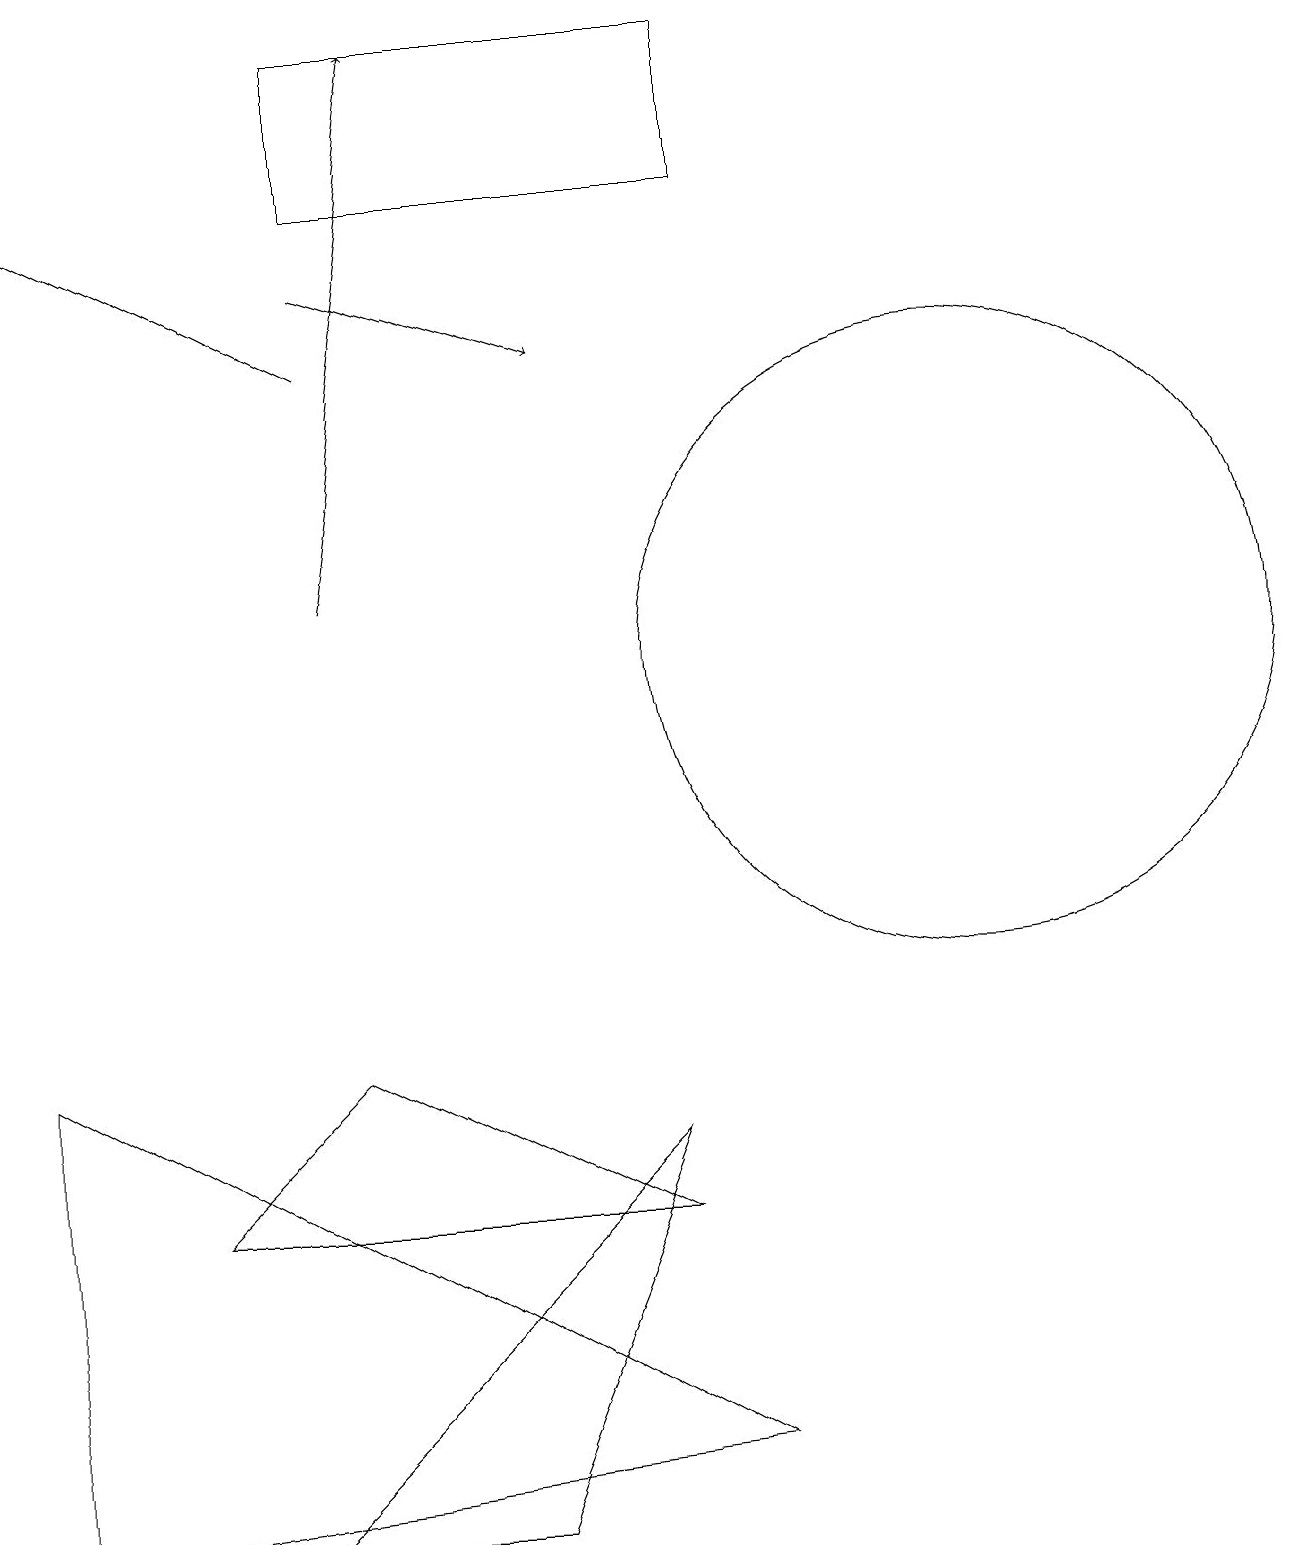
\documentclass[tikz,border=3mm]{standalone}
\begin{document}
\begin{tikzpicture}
\draw[->] (4,16) -- (7,15);
\draw[->] (4,15) -- (0,17);
\draw (12,11) circle (4);
\draw (9,19) rectangle (4,17);
\draw (4,6) -- (2,4) -- (8,4) -- cycle;
\draw[->] (4,12) -- (5,19);
\draw (3,0) -- (6,0) -- (8,5) -- cycle;
\draw (0,6) -- (9,1) -- (0,0) -- cycle;
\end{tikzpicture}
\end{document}